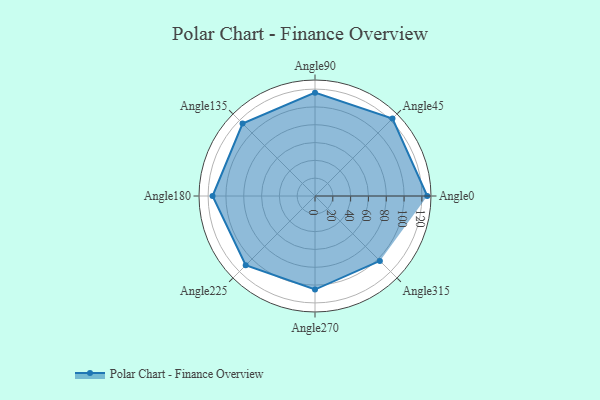
{"axis": {"x": "Angle", "y": "Radius"}, "legend": [""], "data": [{"x": "Angle0", "y": 126.0, "type": ""}, {"x": "Angle45", "y": 123.0, "type": ""}, {"x": "Angle90", "y": 116.0, "type": ""}, {"x": "Angle135", "y": 115.0, "type": ""}, {"x": "Angle180", "y": 115.0, "type": ""}, {"x": "Angle225", "y": 110.0, "type": ""}, {"x": "Angle270", "y": 105.0, "type": ""}, {"x": "Angle315", "y": 103.0, "type": ""}]}